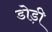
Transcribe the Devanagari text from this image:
डोड़ी